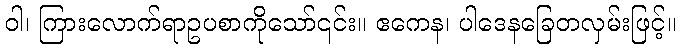
ဝါ၊ ကြားလောက်ရာဥပစာကိုသော်၎င်း။ ဧကေန၊ ပါဒေနခြေတလှမ်းဖြင့်။